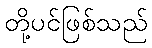
တို့ပင်ဖြစ်သည်